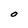
Character: O